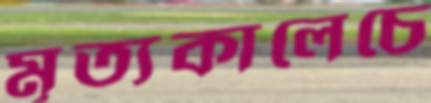
মৃত্যকালেচে